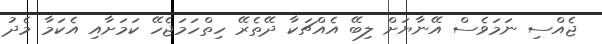
ޖެއްސި ނަމަވެސް އޭނާޔަށް ލިބޭ އެއްޗަކާ ދޭތެރޭ ހިތްހަމަޖެހޭ ކަމަށާއި އެކަމާ މެދު